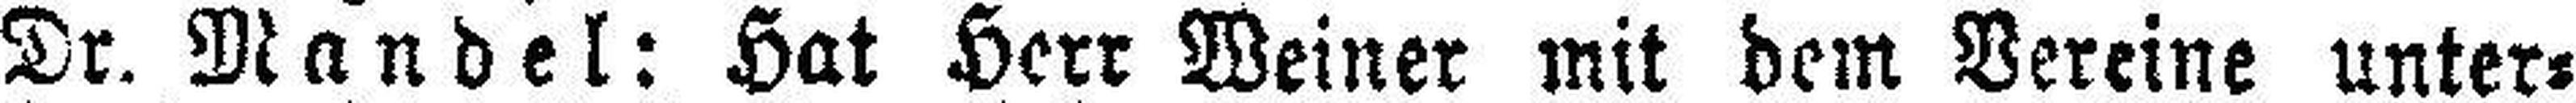
Dr. Mandel: Hat Herr Weiner mit dem Vereine unter¬